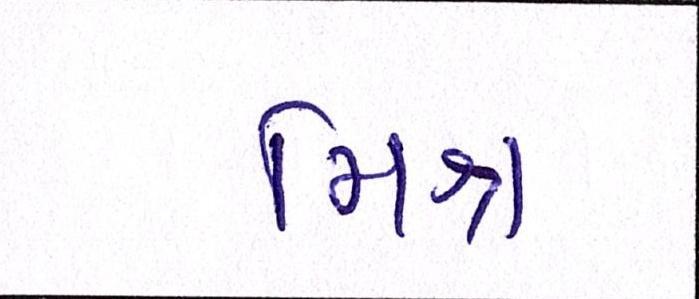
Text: મિશ્ર